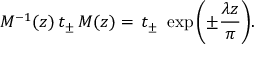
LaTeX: M ^ { - 1 } ( z ) \, t _ { \pm } \, M ( z ) = \, t _ { \pm } \, \, \exp { \left( \pm \frac { \lambda z } { \pi } \right) } .